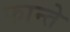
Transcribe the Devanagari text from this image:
फान्ते